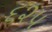
૬૨૫